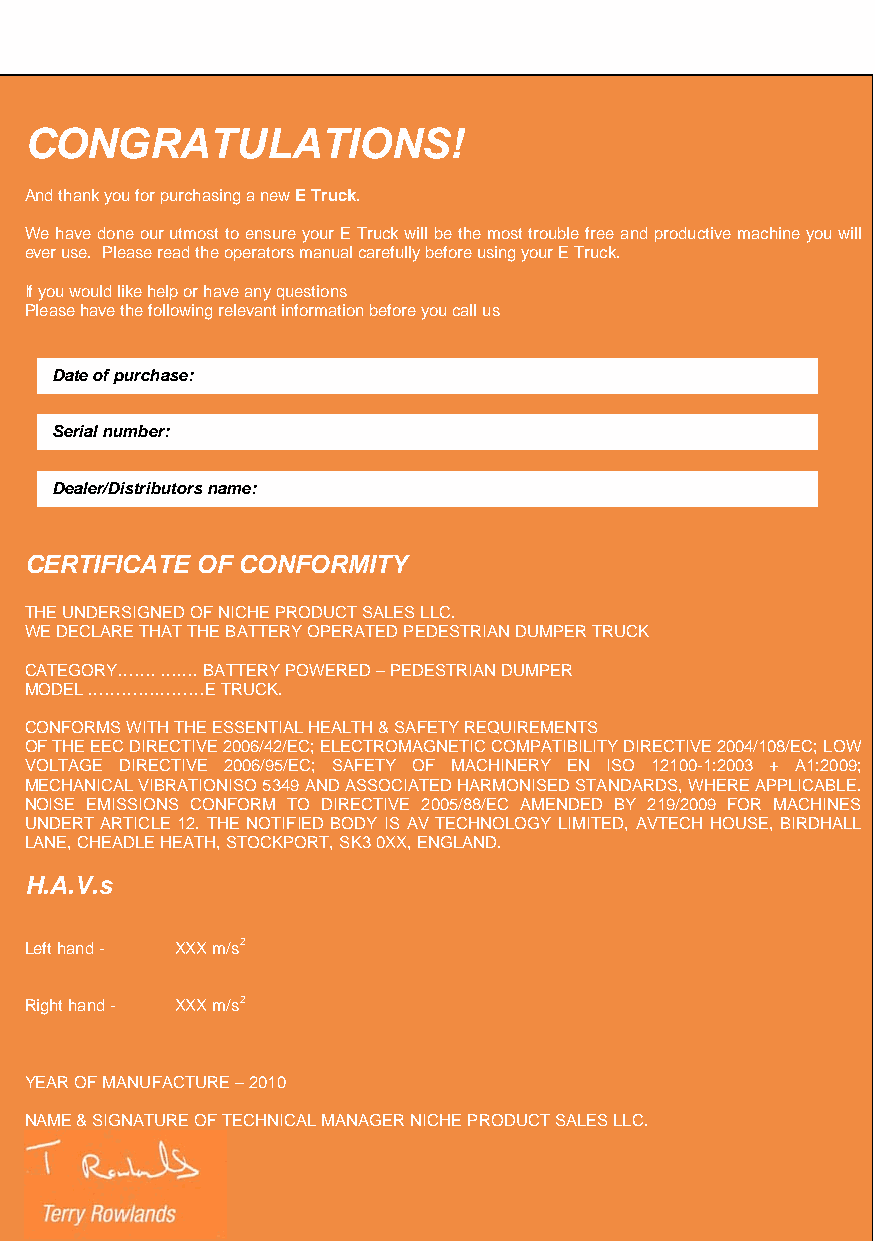
CONGRATULATIONS!
 And thank you for purchasing a new E Truck.
 We hav e done our utmost to ensure your E Truck will be the most trouble free and productive machine you will
 ever use. Please read the operators manual carefully before using your E Truck.
 If you would like help or have any questions
 Please have the following relevant information before you call us
 Date of purchase:
 Serial number:
 Dealer/Distributors name:
 CERTIFICATE OF CONFORMITY
 THE UN DERSIGNED OF NICHE PRODUCT SALES LLC.
 WE DECLARE THAT THE BATTERY OPERATED PEDESTRIAN DUMPER TRUCK
 CATEG ORY……. ……. BATTERY POWERED – PEDESTRIAN DUMPER
 MODEL …………………E TRUCK.
 CONFO RMS WITH THE ESSENTIAL HEALTH & SAFETY REQUIREMENTS
 OF THE EEC DIRECTIVE 2006/42/EC; ELECTROMAGNETIC COMPATIBILITY DIRECTIVE 2004/108/EC; LOW
 VOLTAGE DIRECTIVE 2006/95/EC; SAFETY OF MACHINERY EN ISO 12100-1:2003 + A1:2009;
 MECHA NICAL VIBRATIONISO 5349 AND ASSOCIATED HARMONISED STANDARDS, WHERE APPLICABLE.
 NOISE EMISSIONS CONFORM TO DIRECTIVE 2005/88/EC AMENDED BY 219/2009 FOR MACHINES
 UNDERT ARTICLE 12. THE NOTIFIED BODY IS AV TECHNOLOGY LIMITED, AVTECH HOUSE, BIRDHALL
 LANE, CHEADLE HEATH, STOCKPORT, SK3 0XX, ENGLAND.
 H.A.V.s
 Left hand - XXX m/s2
 Right hand - XXX m/s2
 YEAR OF MANUFACTURE – 2010
 NAME & SIGNATURE OF TECHNICAL MANAGER NICHE PRODUCT SALES LLC.